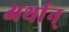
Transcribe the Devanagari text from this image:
अर्थान्